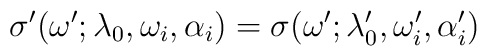
\sigma'(\omega'; \lambda_{0}, \omega_{i}, \alpha_{i}) =\sigma(\omega';  \lambda_{0}', \omega_{i}', \alpha_{i}')